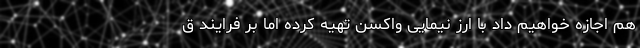
هم اجازه خواهیم داد با ارز نیمایی واکسن تهیه کرده اما بر فرایند ق